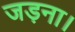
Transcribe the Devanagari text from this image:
जड़ना।